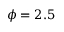
\phi = 2 . 5 \